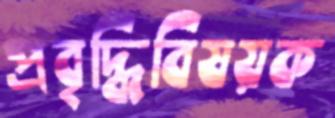
প্রবৃদ্ধিবিষয়ক